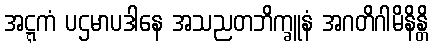
အဋ္ဋကံ ပဌမာပဒါနေ အသညတဘိက္ခူနံ အဂတိဂါမိနိန္တိ